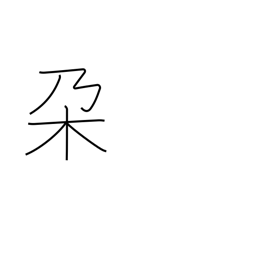
Meaning: branch